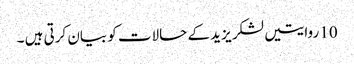
10 روایتیں لشکر یزید کے حالات کو بیان کرتی ہیں ۔